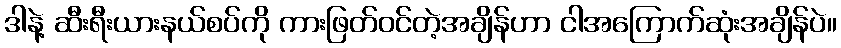
ဒါနဲ့ ဆီးရီးယားနယ်စပ်ကို ကားဖြတ်ဝင်တဲ့အချိန်ဟာ ငါအကြောက်ဆုံးအချိန်ပဲ။